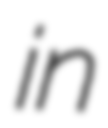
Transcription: in